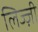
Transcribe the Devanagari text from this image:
लिज्ज़ी